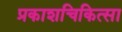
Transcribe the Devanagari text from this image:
प्रकाशचिकित्सा